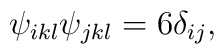
\psi _{ikl}\psi _{jkl}=6\delta _{ij},